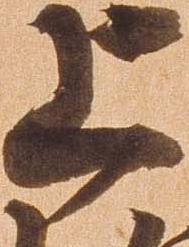
上